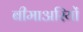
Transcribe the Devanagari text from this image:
बीमाअरियों